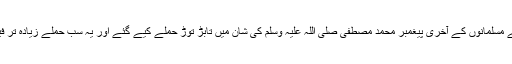
متعدد فیس بک پیجز اور اکاؤنٹس کے ذریعے مسلمانوں کے آخری پیغمبر محمد مصطفیٰ صلی اللہ علیہ وسلم کی شان میں تابڑ توڑ حملے کیے گئے اور یہ سب حملے زیادہ تر فیس بک اور بلاگز سائٹس کے ذریعے ہوئے۔